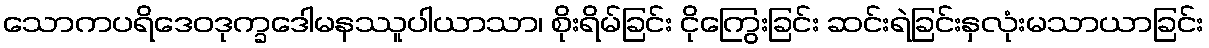
သောကပရိဒေဝဒုက္ခဒေါမနဿူပါယာသာ၊ စိုးရိမ်ခြင်း ငိုကြွေးခြင်း ဆင်းရဲခြင်းနှလုံးမသာယာခြင်း